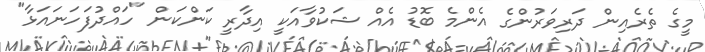
މީގެ ތެރެއިން ދަރިވަރުންގެ އެންމެ ބޮޑު އެއް ޝަކުވާއަކީ އިދާރީ ކަންކަން "ހައްދުފަހަނައަޅާ"